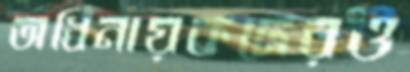
অধিনায়কদেরও